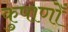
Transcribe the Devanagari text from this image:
कुषाणोँ